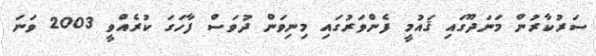
ސަރުކާރުން މަނަދޫގައި ޤައުމީ ފެންވަރުގައި މިނިވަން ދުވަސް ފާހަގަ ކުރެއްވީ 2003 ވަނަ